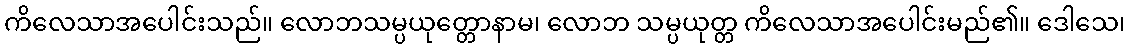
ကိလေသာအပေါင်းသည်။ လောဘသမ္ပယုတ္တောနာမ၊ လောဘ သမ္ပယုတ္တ ကိလေသာအပေါင်းမည်၏။ ဒေါသေ၊